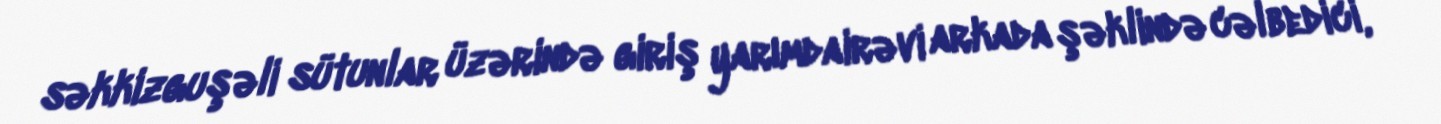
səkkizguşəli sütunlar üzərində giriş yarımdairəvi arkada şəklində cəlbedici,